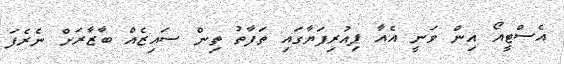
އެސްޓީއޯ އިން ވަނީ އެއާ ޕިއުރިފަޔާގައި ތަފާތު ތިން ސައިޒެއް ބާޒާރަށް ނެރެފަ